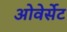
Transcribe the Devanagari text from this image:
ओवेर्सेट